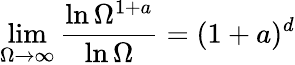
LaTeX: \operatorname*{lim}_{\Omega\to\infty}\frac{\ln\Omega^{1+a}}{\ln\Omega}=(1+a)^{d}